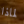
لماذا